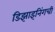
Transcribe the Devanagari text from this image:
डिझाइनिंगची